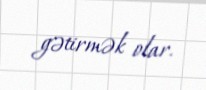
gətirmək olar.